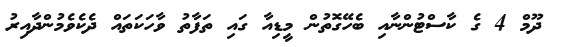
ދޫމް 4 ގެ ކާސްޓުންނާއި ބެހޭގޮތުން މީޑިއާ ގައި ތަފާތު ވާހަކަތައް ދެކެވެމުންދާއިރު